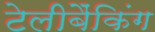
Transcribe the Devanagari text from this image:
टेलीबैंकिंग